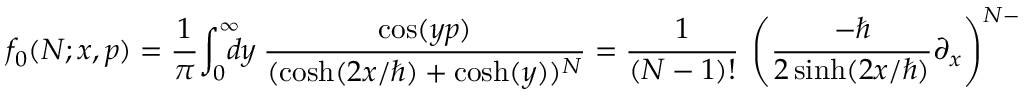
f _ { 0 } ( N ; x , p ) = { \frac { 1 } { \pi } } \! \int _ { 0 } ^ { \infty } \! \! \! \! d y ~ { \frac { \cos ( y p ) } { ( \cosh ( 2 x / \hbar ) + \cosh ( y ) ) ^ { N } } } = { \frac { 1 } { ( N - 1 ) ! } } ~ \left( \frac { - \hbar } { 2 \sinh ( 2 x / \hbar ) } \partial _ { x } \right) ^ { N - 1 } f _ { 0 } ( 1 ; x , p ) ,